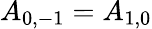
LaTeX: A_{0,-1}=A_{1,0}